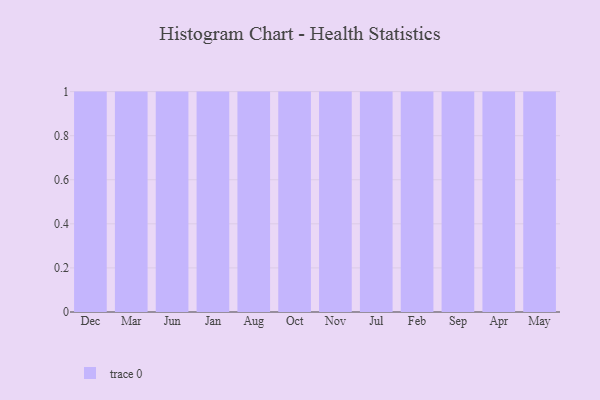
{"axis": {"x": "Month", "y": "Page Views"}, "legend": [""], "data": [{"x": "Dec", "y": 100, "type": ""}, {"x": "Mar", "y": 70, "type": ""}, {"x": "Jun", "y": 89, "type": ""}, {"x": "Jan", "y": 2, "type": ""}, {"x": "Aug", "y": 90, "type": ""}, {"x": "Oct", "y": 93, "type": ""}, {"x": "Nov", "y": 55, "type": ""}, {"x": "Jul", "y": 10, "type": ""}, {"x": "Feb", "y": 48, "type": ""}, {"x": "Sep", "y": 33, "type": ""}, {"x": "Apr", "y": 39, "type": ""}, {"x": "May", "y": 5, "type": ""}]}